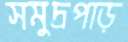
সমুদ্রপাড়